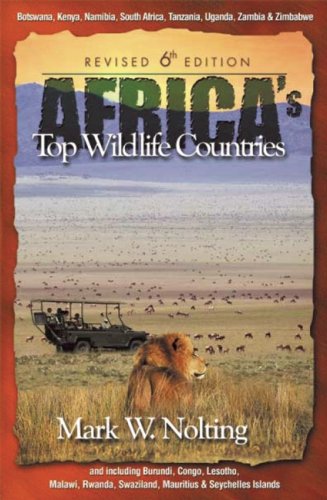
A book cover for Africa's Top Wildlife Countries, Sixth Edition; Mark W. Nolting; Travel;